65_HS1-834228961_62-HQ-83894_SUB_A
Agency: FBI
Page 33
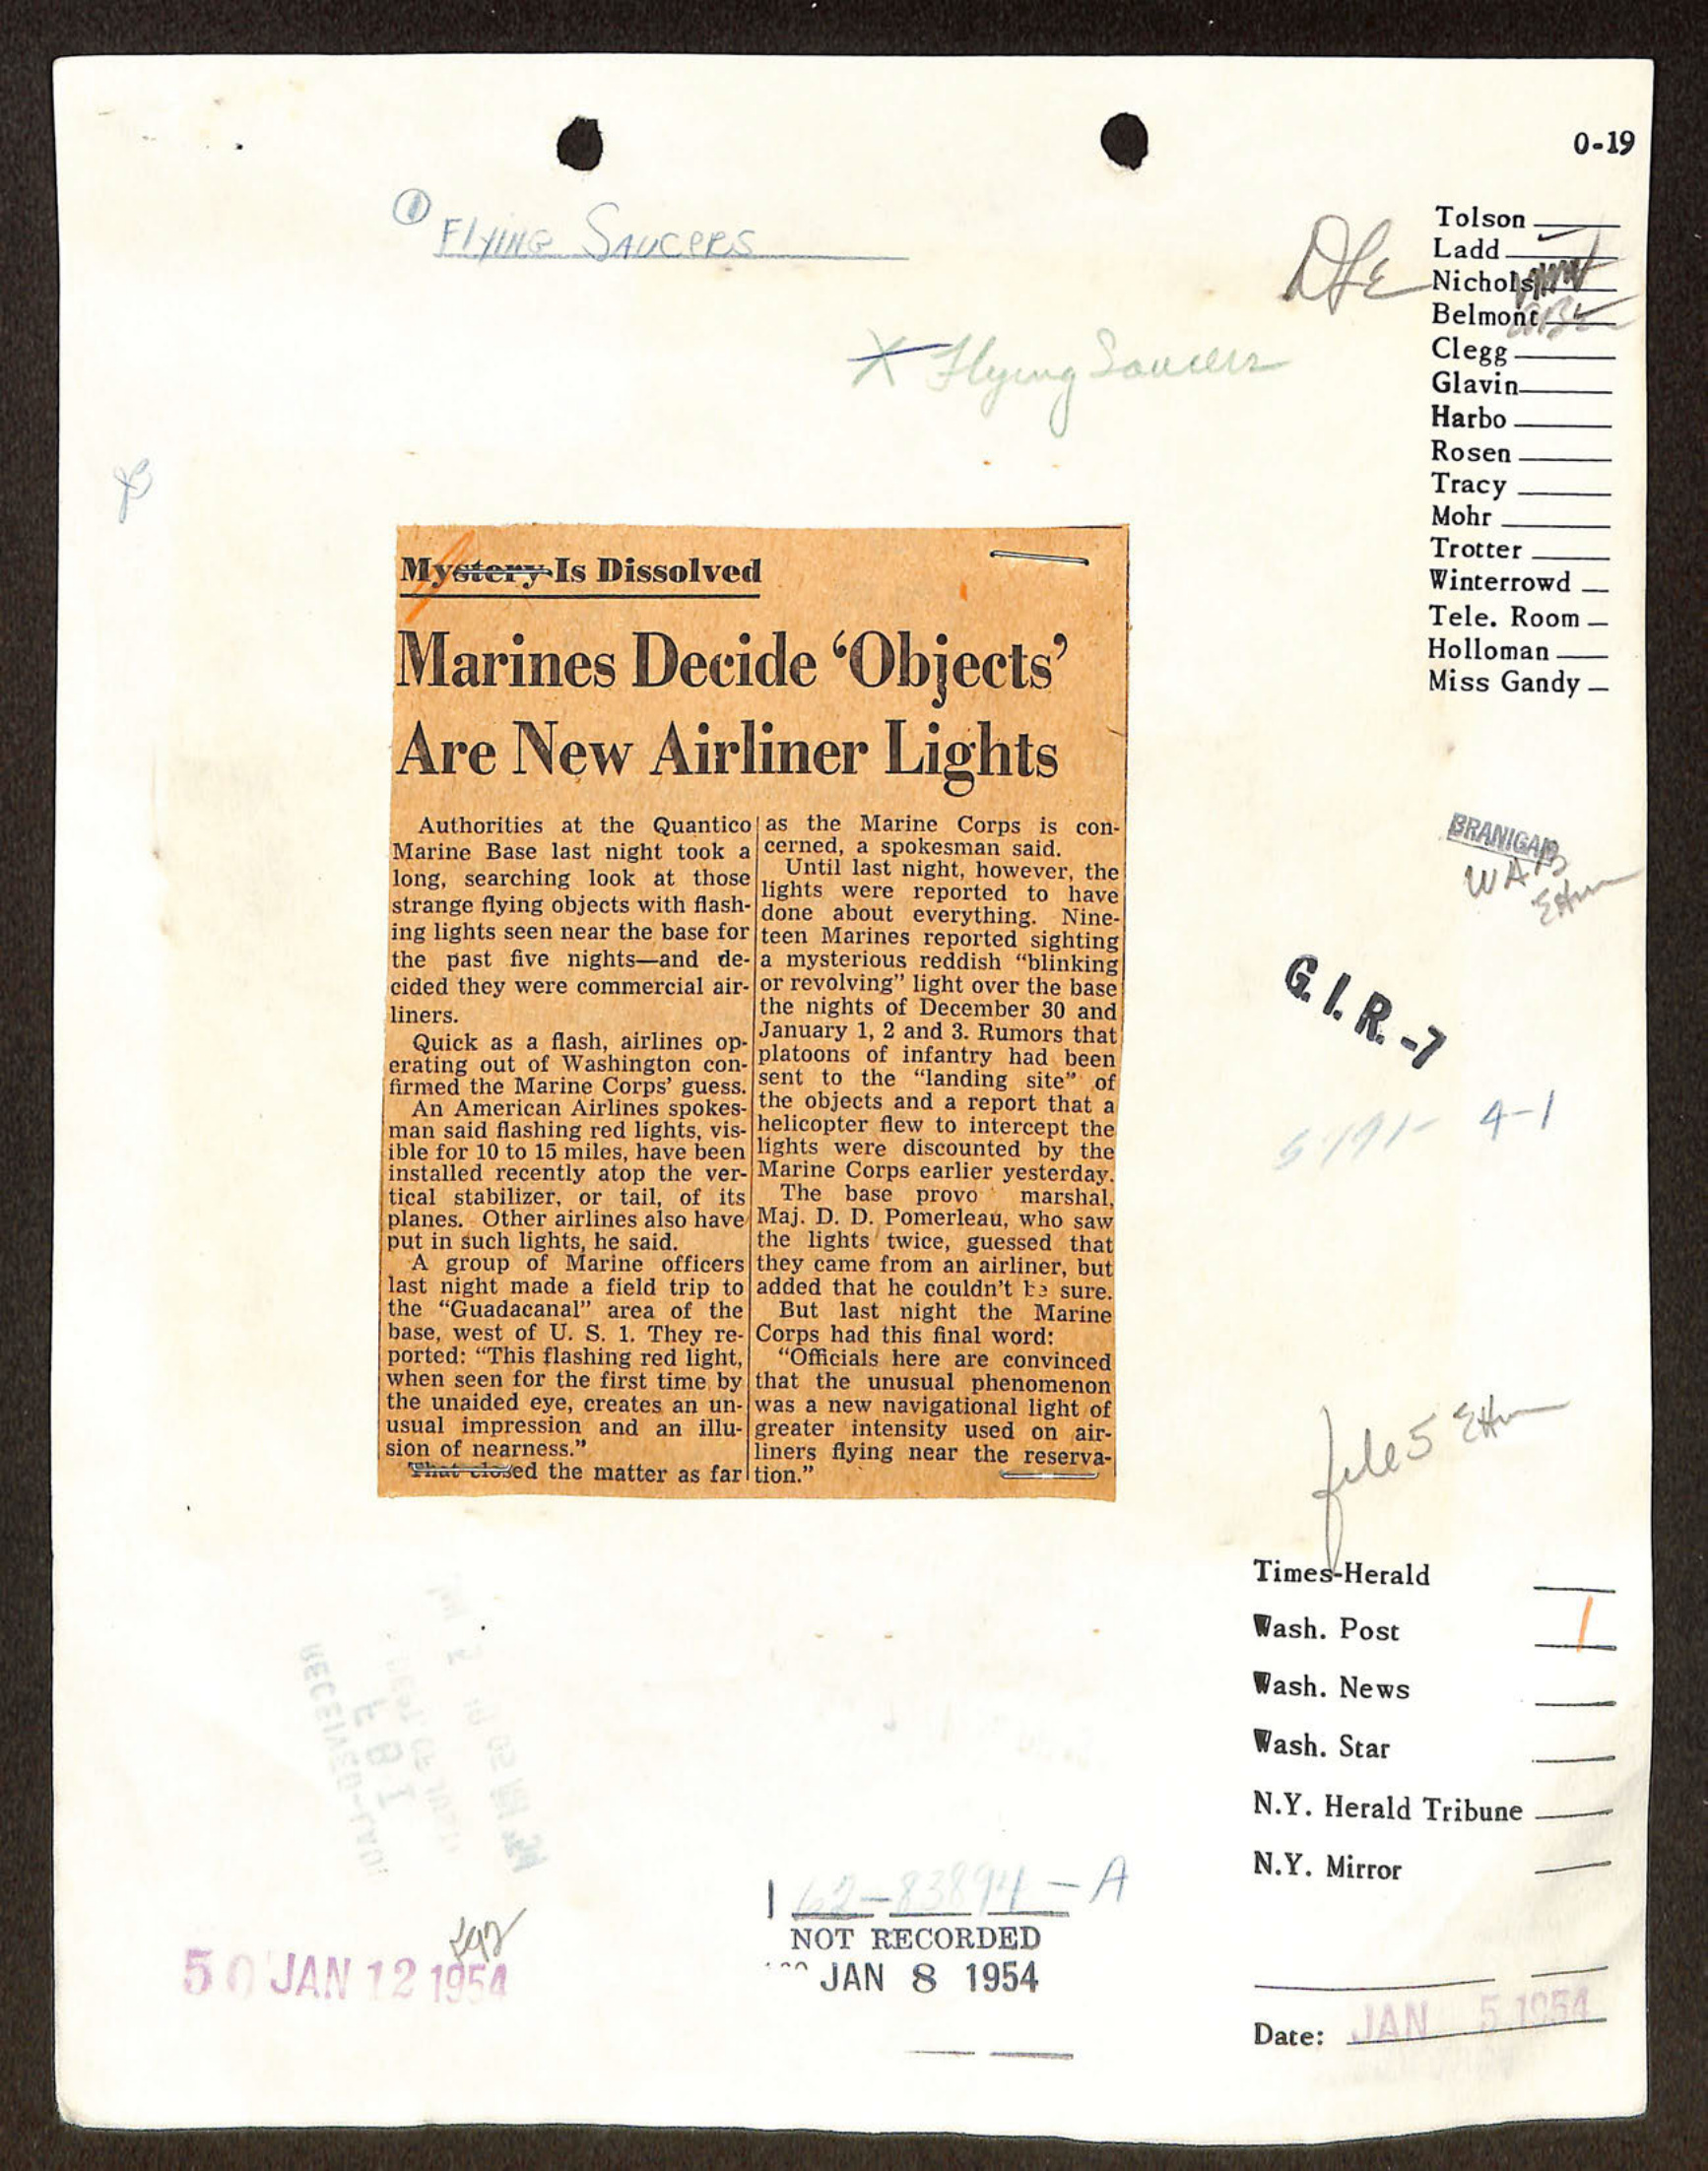